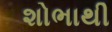
શોભાથી